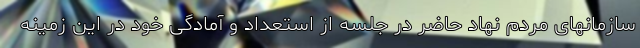
سازمانهای مردم نهاد حاضر در جلسه از استعداد و آمادگی خود در این زمینه